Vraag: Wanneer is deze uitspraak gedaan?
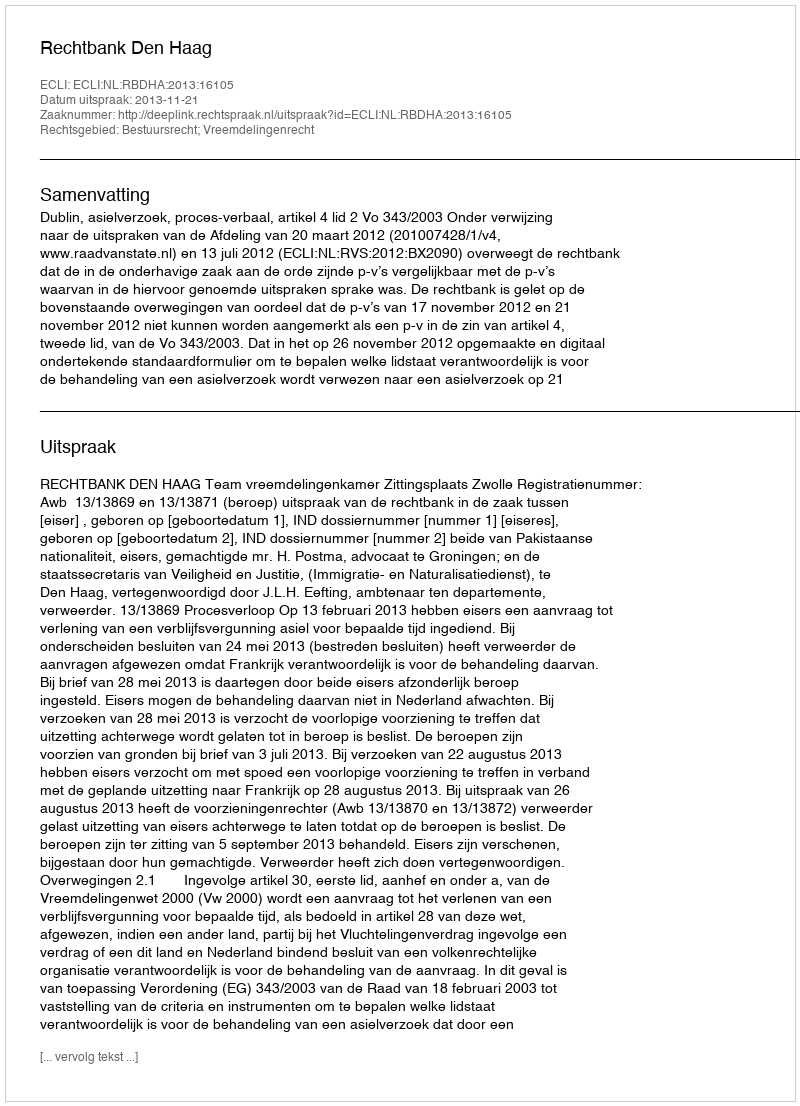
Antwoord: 2013-11-21